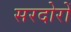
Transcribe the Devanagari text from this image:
सरदोरों